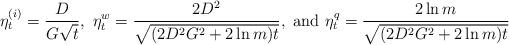
LaTeX: \begin{align*}\eta_t^{(i)} = \frac{D}{G\sqrt{t}}, \ \eta_t^w = \frac{2 D^2}{\sqrt{(2 D^2 G^2 + 2 \ln m)t} } , \textrm{ and } \eta_t^q = \frac{2 \ln m }{\sqrt{(2 D^2 G^2 + 2 \ln m)t}}\end{align*}